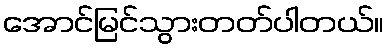
အောင်မြင်သွားတတ်ပါတယ်။